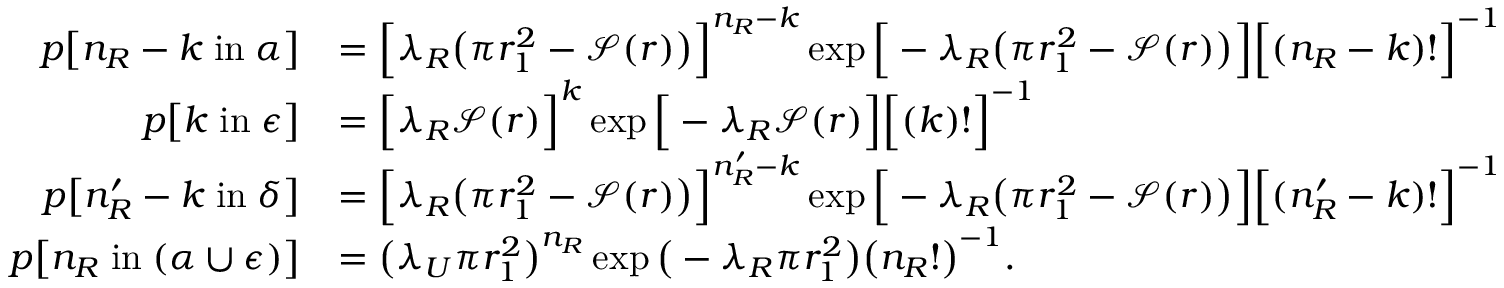
\begin{array} { r l } { p \big [ n _ { R } - k \; \mathrm { i n } \; \alpha \big ] } & { = \Big [ \lambda _ { R } \big ( \pi r _ { 1 } ^ { 2 } - \mathcal { S } ( r ) \big ) \Big ] ^ { n _ { R } - k } \exp \Big [ - \lambda _ { R } \big ( \pi r _ { 1 } ^ { 2 } - \mathcal { S } ( r ) \big ) \Big ] \Big [ ( n _ { R } - k ) ! \Big ] ^ { - 1 } } \\ { p \big [ k \; \mathrm { i n } \; \epsilon \big ] } & { = \Big [ \lambda _ { R } \mathcal { S } ( r ) \Big ] ^ { k } \exp \Big [ - \lambda _ { R } \mathcal { S } ( r ) \Big ] \Big [ ( k ) ! \Big ] ^ { - 1 } } \\ { p \big [ n _ { R } ^ { \prime } - k \; \mathrm { i n } \; \delta \big ] } & { = \Big [ \lambda _ { R } \big ( \pi r _ { 1 } ^ { 2 } - \mathcal { S } ( r ) \big ) \Big ] ^ { n _ { R } ^ { \prime } - k } \exp \Big [ - \lambda _ { R } \big ( \pi r _ { 1 } ^ { 2 } - \mathcal { S } ( r ) \big ) \Big ] \Big [ ( n _ { R } ^ { \prime } - k ) ! \Big ] ^ { - 1 } } \\ { p \big [ n _ { R } \; \mathrm { i n } \; ( \alpha \cup \epsilon ) \big ] } & { = \big ( \lambda _ { U } \pi r _ { 1 } ^ { 2 } \big ) ^ { n _ { R } } \exp \big ( - \lambda _ { R } \pi r _ { 1 } ^ { 2 } \big ) \big ( n _ { R } ! \big ) ^ { - 1 } . } \end{array}